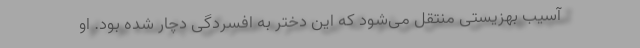
آسیب بهزیستی منتقل می‌شود که این دختر به افسردگی دچار شده بود. او